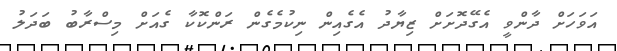
އަވަހަށް ދާންވީ އެގޭދޮށަށް ޒިޔާދު އެގެއިން ނިކުމެގެން ރަންކޮކާ ގެއަށް މިސްރާބު ބަދަލު